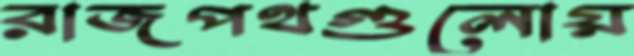
রাজপথগুলোয়